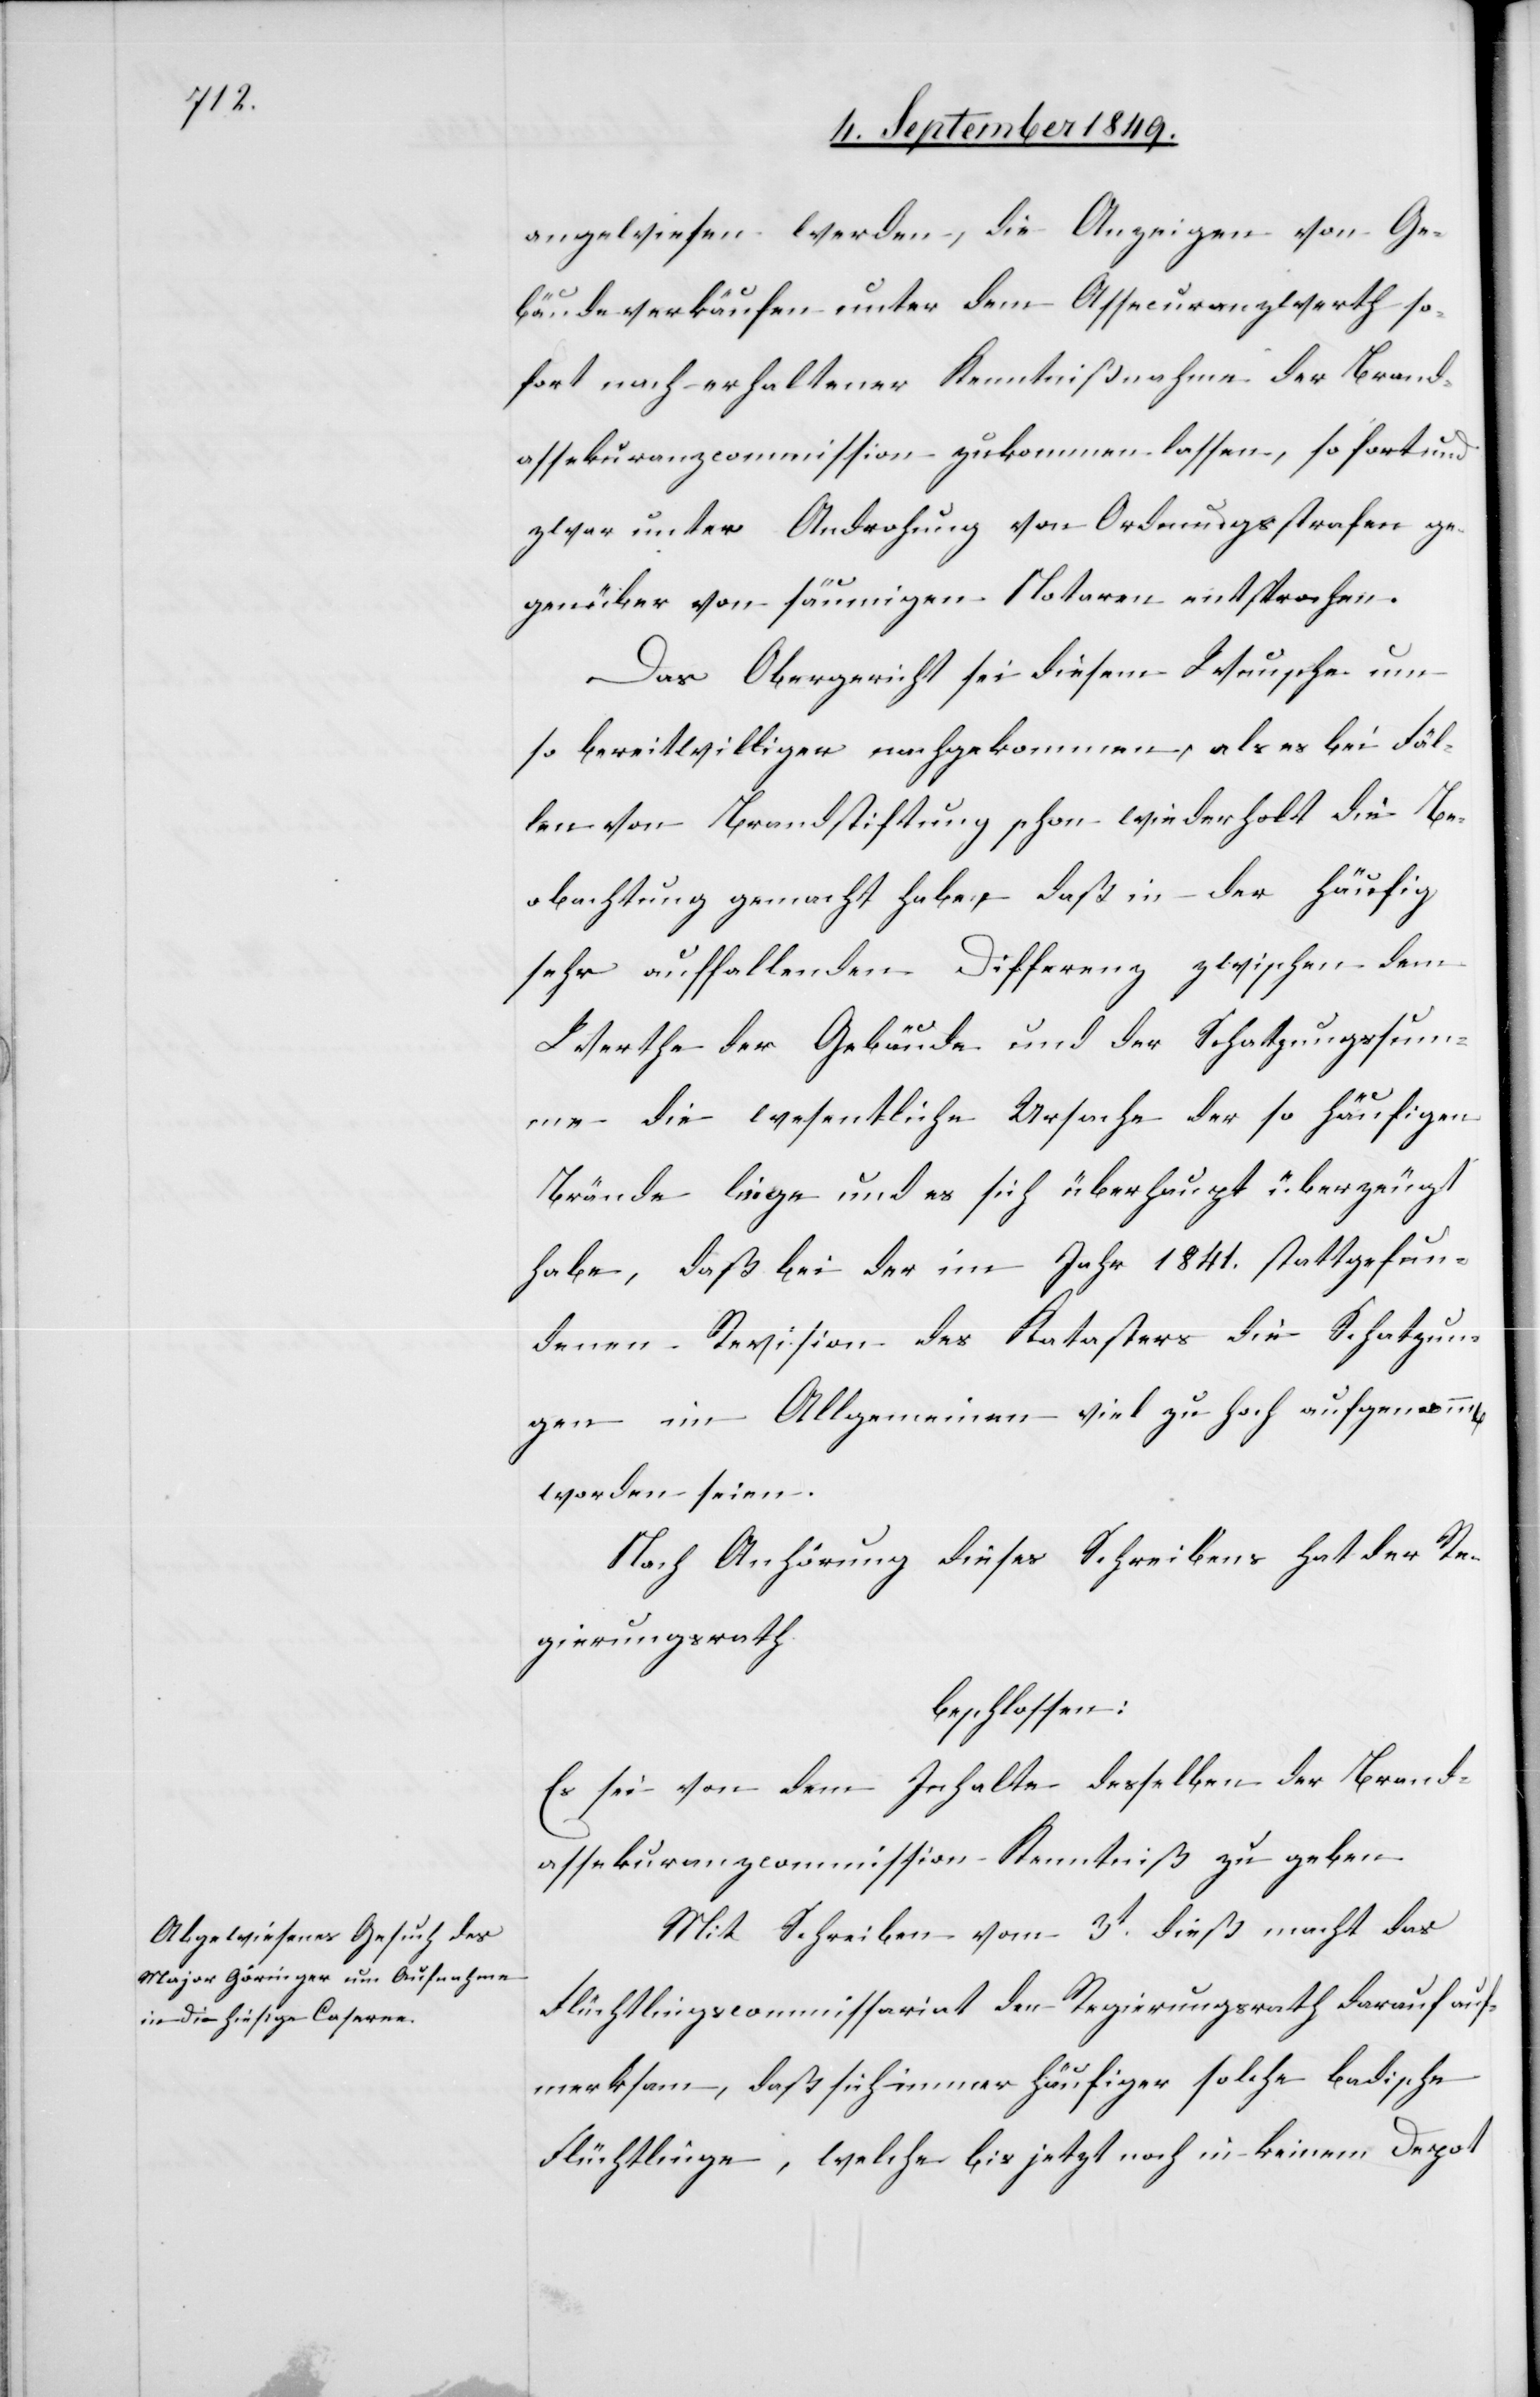
angewiesen werden, die Anzeigen von Ge¬
bäudeverkäufen unter dem Assecuranzwerth so¬
fort nach erhaltener Kenntnißnahme der Brand¬
assekuranzcommission zukommen lassen, sofort und
zwar unter Androhung von Ordnungsstrafen ge¬
genüber von säumigen Notaren entsprechen.
Das Obergericht sei diesem Wunsche um
so bereitwilliger nachgekommen, als es bei Fäl¬
len von Brandstiftung schon wiederholt die Be¬
obachtung gemacht habe, daß in der häufig
sehr auffallenden Differenz zwischen dem
Werthe der Gebäude und der Schatzungssum¬
me die wesentliche Ursache der so häufigen
Brände liege und es sich überhaupt überzeugt
habe, daß bei der im Jahr 1841. stattgefun¬
denen Revision des Katasters die Schatzun¬
gen im Allgemeinen viel zu hoch aufgenomm[en]
worden seien.
Nach Anhörung dieses Schreibens hat der Re¬
gierungsrath
beschlossen:
Es sei von dem Inhalte desselben der Brand¬
assekuranzcommission Kenntniß zu geben.
Mit Schreiben vom 3t dieß macht das
Flüchtlingscommissariat den Regierungsrath darauf auf¬
merksam, daß sich immer häufiger solche badische
Flüchtlinge, welche bis jetzt noch in keinem Depot